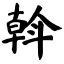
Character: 斡